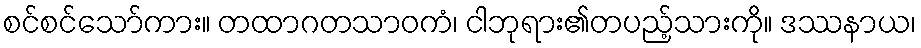
စင်စင်သော်ကား။ တထာဂတသာဝကံ၊ ငါဘုရား၏တပည့်သားကို။ ဒဿနာယ၊